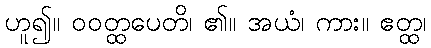
ဟူ၍။ ဝဝတ္ထပေတိ၊ ၏။ အယံ၊ ကား။ ဧတ္ထ၊